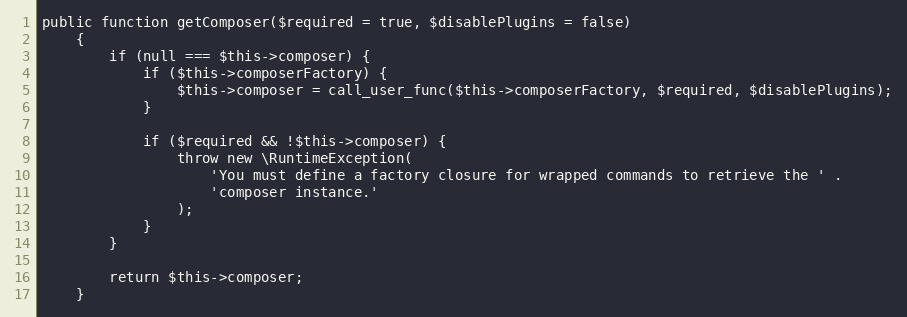
Language: PHP
public function getComposer($required = true, $disablePlugins = false)
    {
        if (null === $this->composer) {
            if ($this->composerFactory) {
                $this->composer = call_user_func($this->composerFactory, $required, $disablePlugins);
            }

            if ($required && !$this->composer) {
                throw new \RuntimeException(
                    'You must define a factory closure for wrapped commands to retrieve the ' .
                    'composer instance.'
                );
            }
        }

        return $this->composer;
    }